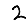
Digit: 2